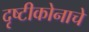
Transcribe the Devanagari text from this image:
दृष्टीकोनाचे